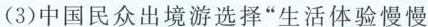
(3(1)2016~2018年，中国农村居民出境游人数的增长幅度明显高于城镇居民出境游人数的增长幅度，0”后和”80”后比较有条件走出国门石世界)中国民众出境游选择”生活体验慢慢慢”多是”90”后和”0材料三中，三幅图代表了中国民众出境游的三种主要类型。请结合材料二、三，预测在接下来的五年中，这三种类型中哪一种预测在中国民众出境游的主要趋势，并简述你的理(3分